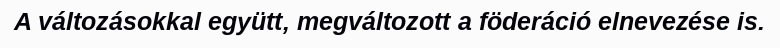
A változásokkal együtt, megváltozott a föderáció elnevezése is.